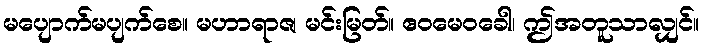
မပျောက်မပျက်စေ။ မဟာရာဇ၊ မင်းမြတ်။ ဧဝမေဝခေါ၊ ဤအတူသာလျှင်။